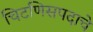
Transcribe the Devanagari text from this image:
चिटणिसपदाचे